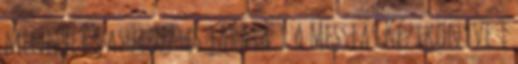
mennyei vasút 777-es járata 1 A Messiás Kézikönyve 1